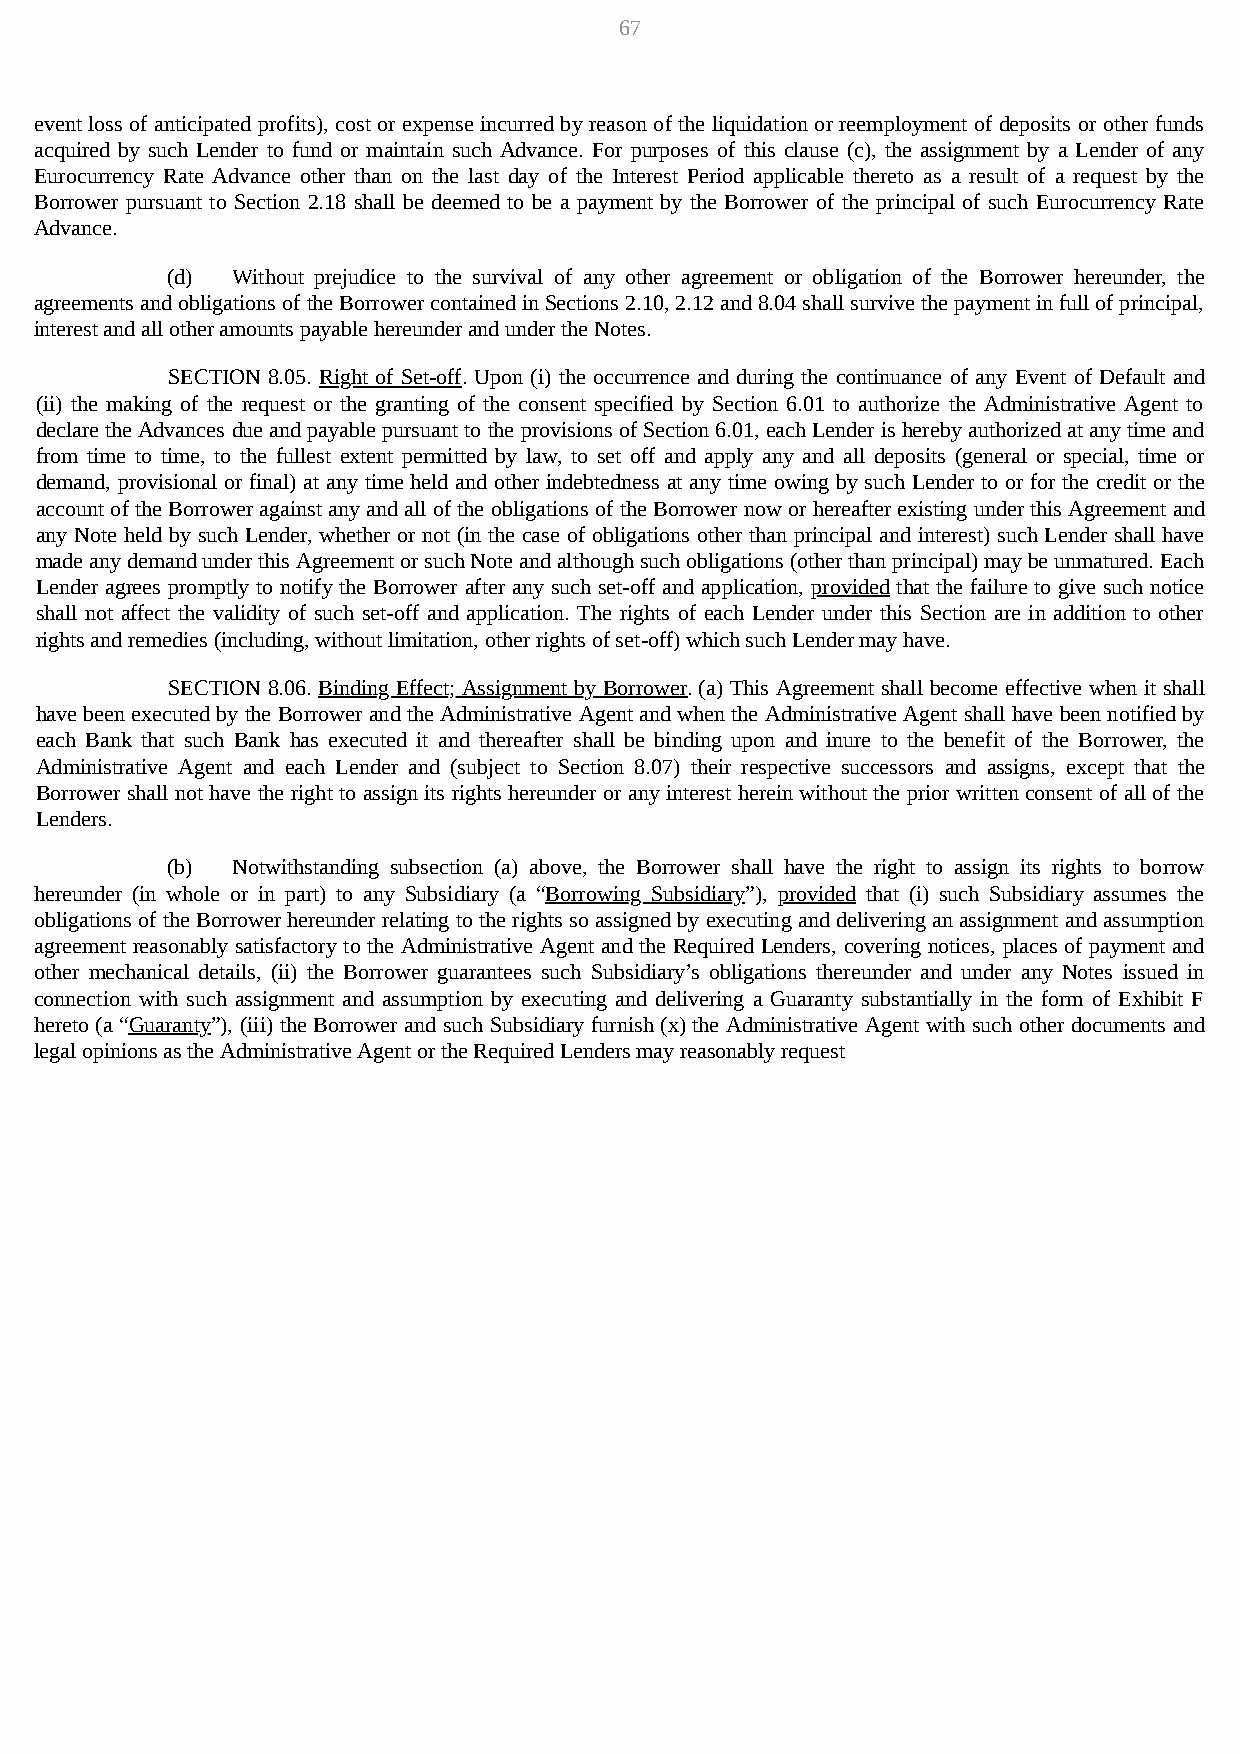
67
 event loss of anticipated profits), cost or expense incurred by reason of the liquidation or reemployment of deposits or other funds
 acquired by such Lender to fund or maintain such Advance. For purposes of this clause (c), the assignment by a Lender of any
 Eurocurrency Rate Advance other than on the last day of the Interest Period applicable thereto as a result of a request by the
 Borrower pursuant to Section 2.18 shall be deemed to be a payment by the Borrower of the principal of such Eurocurrency Rate
 Advance.
 (d) Without prejudice to the survival of any other agreement or obligation of the Borrower hereunder, the
 agreements and obligations of the Borrower contained in Sections 2.10, 2.12 and 8.04 shall survive the payment in full of principal,
 interest and all other amounts payable hereunder and under the Notes.
 SECTION 8.05. Right of Set-off. Upon (i) the occurrence and during the continuance of any Event of Default and
 (ii) the making of the request or the granting of the consent specified by Section 6.01 to authorize the Administrative Agent to
 declare the Advances due and payable pursuant to the provisions of Section 6.01, each Lender is hereby authorized at any time and
 from time to time, to the fullest extent permitted by law, to set off and apply any and all deposits (general or special, time or
 demand, provisional or final) at any time held and other indebtedness at any time owing by such Lender to or for the credit or the
 account of the Borrower against any and all of the obligations of the Borrower now or hereafter existing under this Agreement and
 any Note held by such Lender, whether or not (in the case of obligations other than principal and interest) such Lender shall have
 made any demand under this Agreement or such Note and although such obligations (other than principal) may be unmatured. Each
 Lender agrees promptly to notify the Borrower after any such set-off and application, provided that the failure to give such notice
 shall not affect the validity of such set-off and application. The rights of each Lender under this Section are in addition to other
 rights and remedies (including, without limitation, other rights of set-off) which such Lender may have.
 SECTION 8.06. Binding Effect; Assignment by Borrower. (a) This Agreement shall become effective when it shall
 have been executed by the Borrower and the Administrative Agent and when the Administrative Agent shall have been notified by
 each Bank that such Bank has executed it and thereafter shall be binding upon and inure to the benefit of the Borrower, the
 Administrative Agent and each Lender and (subject to Section 8.07) their respective successors and assigns, except that the
 Borrower shall not have the right to assign its rights hereunder or any interest herein without the prior written consent of all of the
 Lenders.
 (b) Notwithstanding subsection (a) above, the Borrower shall have the right to assign its rights to borrow
 hereunder (in whole or in part) to any Subsidiary (a “Borrowing Subsidiary”), provided that (i) such Subsidiary assumes the
 obligations of the Borrower hereunder relating to the rights so assigned by executing and delivering an assignment and assumption
 agreement reasonably satisfactory to the Administrative Agent and the Required Lenders, covering notices, places of payment and
 other mechanical details, (ii) the Borrower guarantees such Subsidiary’s obligations thereunder and under any Notes issued in
 connection with such assignment and assumption by executing and delivering a Guaranty substantially in the form of Exhibit F
 hereto (a “Guaranty”), (iii) the Borrower and such Subsidiary furnish (x) the Administrative Agent with such other documents and
 legal opinions as the Administrative Agent or the Required Lenders may reasonably request